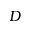
D